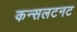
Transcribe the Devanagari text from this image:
कन्सलटनट